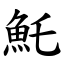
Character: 魠